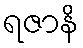
ရဇာနိ